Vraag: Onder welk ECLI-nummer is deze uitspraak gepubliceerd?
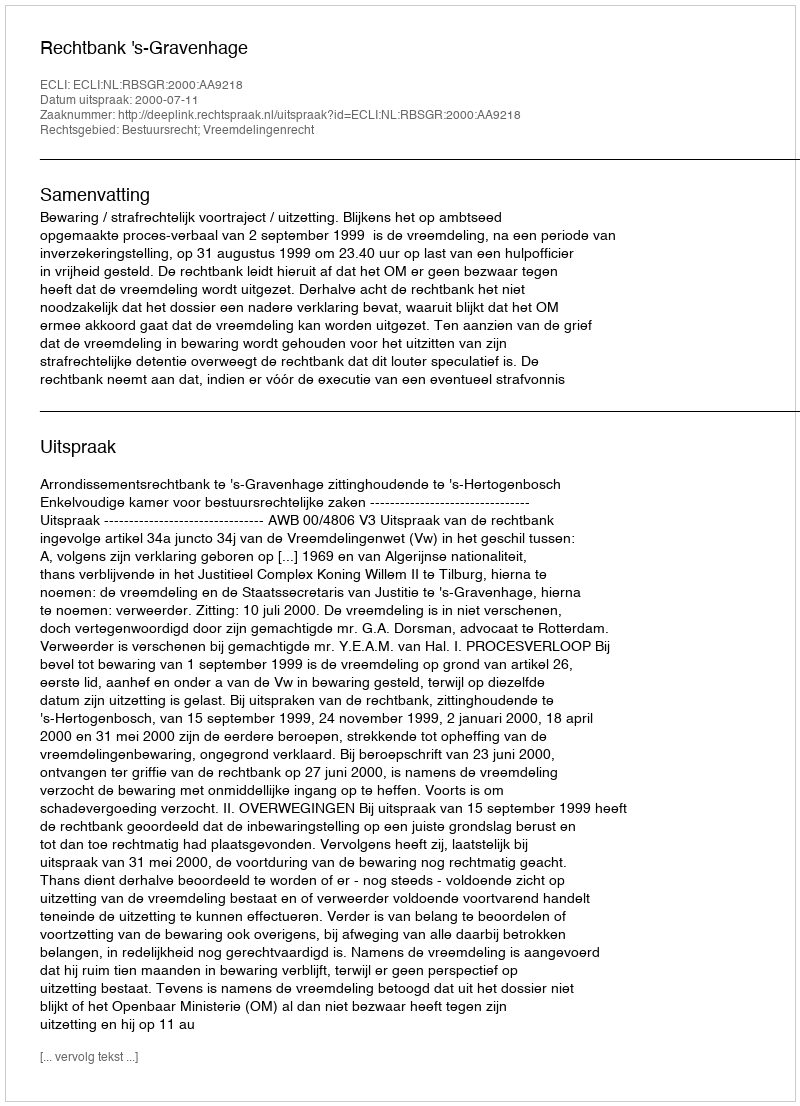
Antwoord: ECLI:NL:RBSGR:2000:AA9218